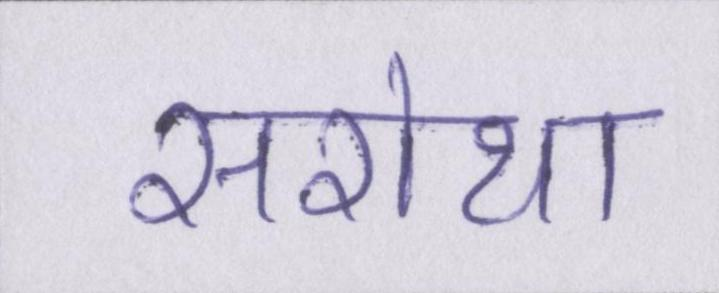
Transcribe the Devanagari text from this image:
सरोथा